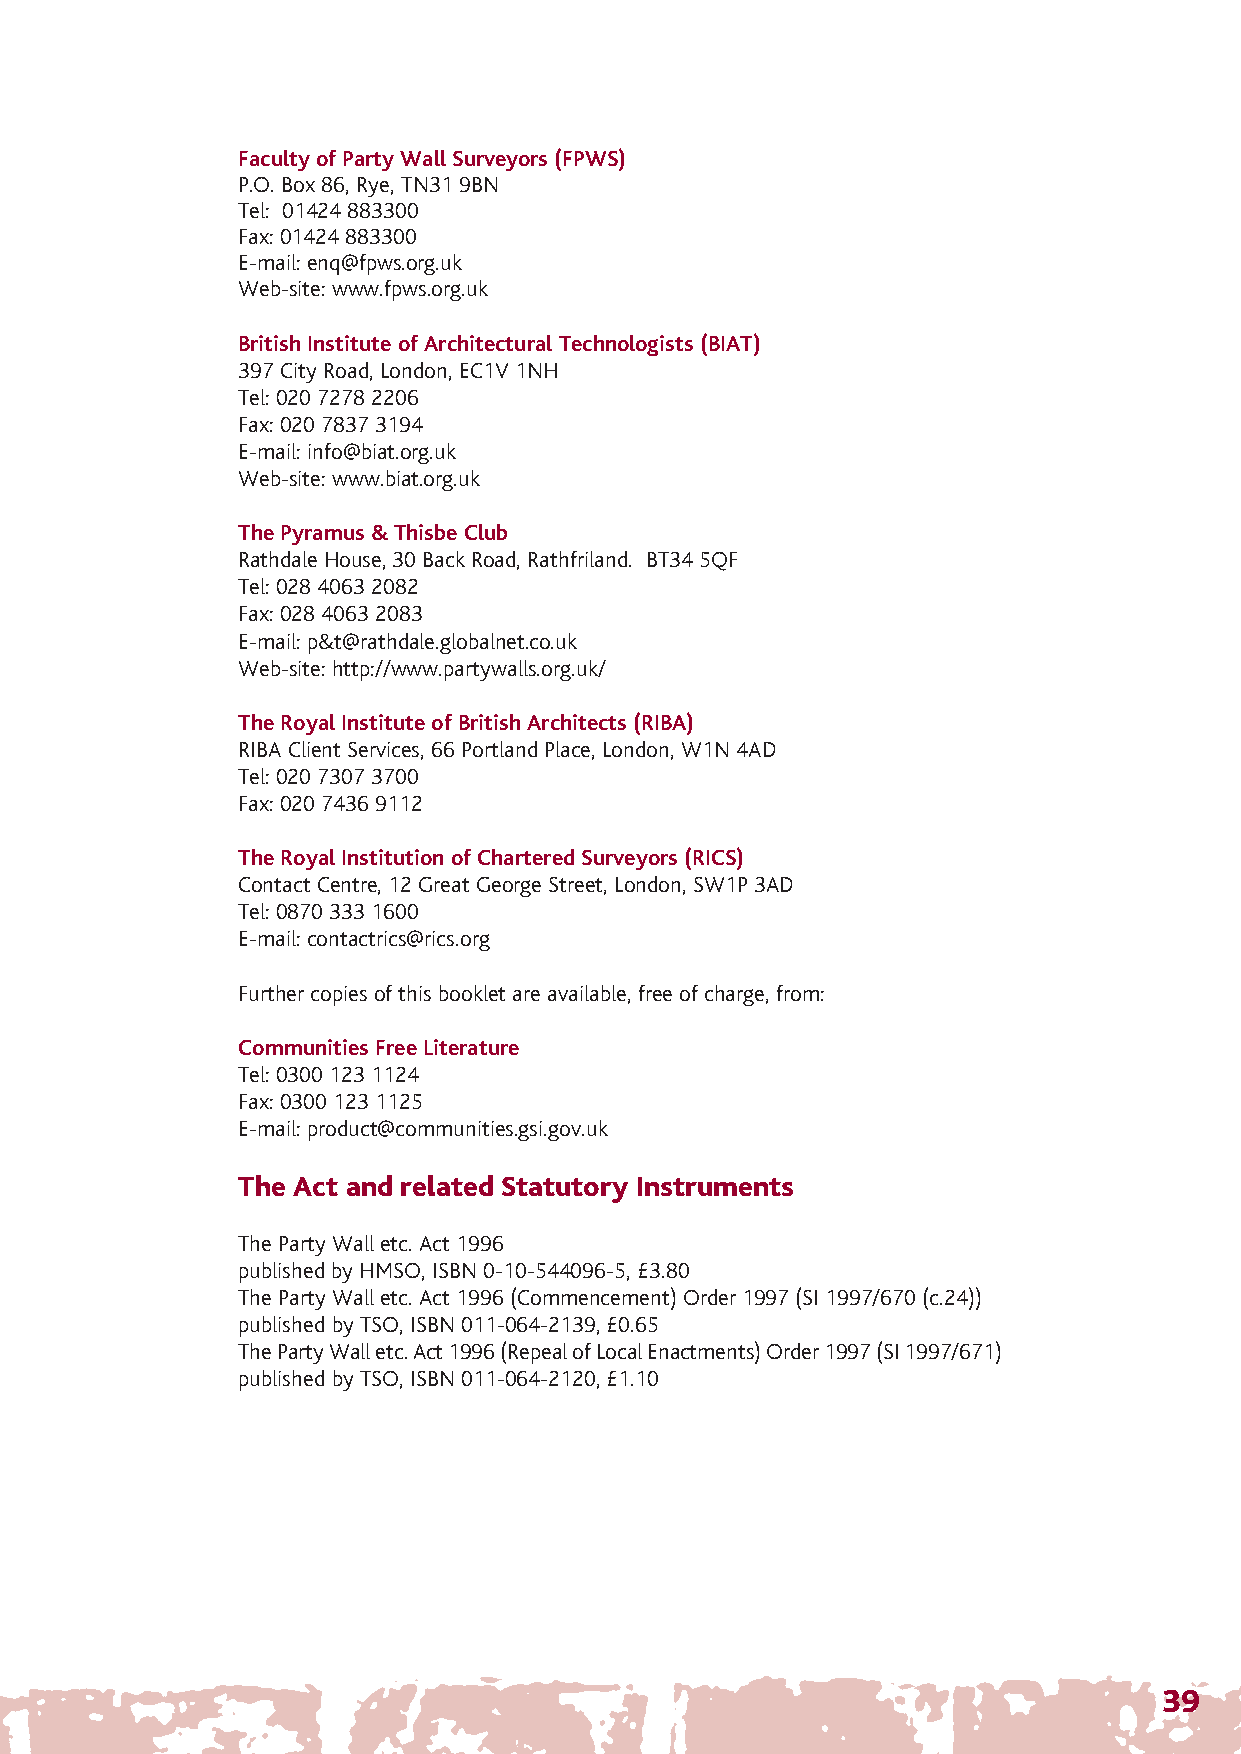
The Party Wall.qxd:53356 The Party Wall 1/10/09 12:59 Page 42
 Faculty of Party Wall Surveyors (FPWS)
 P.O. Box 86, Rye, TN31 9BN
 Tel: 01424 883300
 Fax: 01424 883300
 E-mail: enq@fpws.org.uk
 Web-site: www.fpws.org.uk
 British Institute of Architectural Technologists (BIAT)
 397 City Road, London, EC1V 1NH
 Tel: 020 7278 2206
 Fax: 020 7837 3194
 E-mail: info@biat.org.uk
 Web-site: www.biat.org.uk
 The Pyramus & Thisbe Club
 Rathdale House, 30 Back Road, Rathfriland. BT34 5QF
 Tel: 028 4063 2082
 Fax: 028 4063 2083
 E-mail: p&t@rathdale.globalnet.co.uk
 Web-site: http://www.partywalls.org.uk/
 The Royal Institute of British Architects (RIBA)
 RIBA Client Services, 66 Portland Place, London, W1N 4AD
 Tel: 020 7307 3700
 Fax: 020 7436 9112
 The Royal Institution of Chartered Surveyors (RICS)
 Contact Centre, 12 Great George Street, London, SW1P 3AD
 Tel: 0870 333 1600
 E-mail: contactrics@rics.org
 Further copies of this booklet are available, free of charge, from:
 Communities Free Literature
 Tel: 0300 123 1124
 Fax: 0300 123 1125
 E-mail: product@communities.gsi.gov.uk
 The Act and related Statutory Instruments
 The Party Wall etc. Act 1996
 published by HMSO, ISBN 0-10-544096-5, £3.80
 The Party Wall etc. Act 1996 (Commencement) Order 1997 (SI 1997/670 (c.24))
 published by TSO, ISBN 011-064-2139, £0.65
 The Party Wall etc. Act 1996 (Repeal of Local Enactments) Order 1997 (SI 1997/671)
 published by TSO, ISBN 011-064-2120, £1.10
 39